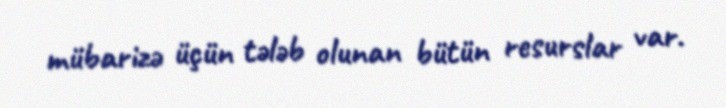
mübarizə üçün tələb olunan bütün resurslar var.